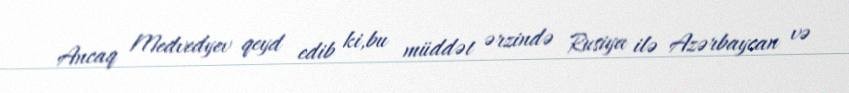
Ancaq Medvedyev qeyd edib ki,bu müddət ərzində Rusiya ilə Azərbaycan və